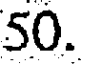
50.